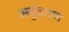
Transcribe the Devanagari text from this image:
अर्बुदगण